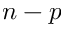
n - p